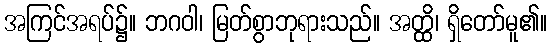
အကြင်အရပ်၌။ ဘဂဝါ၊ မြတ်စွာဘုရားသည်။ အတ္ထိ၊ ရှိတော်မူ၏။